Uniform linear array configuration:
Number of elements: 48
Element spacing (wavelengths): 0.5
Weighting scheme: blackman
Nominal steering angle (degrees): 45
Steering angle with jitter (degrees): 44.593
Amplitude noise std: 0.05
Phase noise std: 0.05

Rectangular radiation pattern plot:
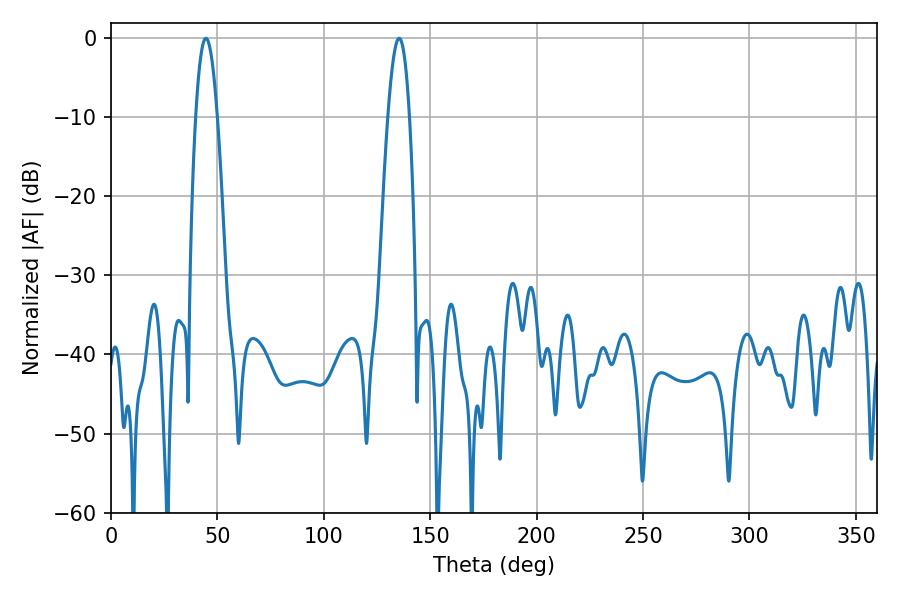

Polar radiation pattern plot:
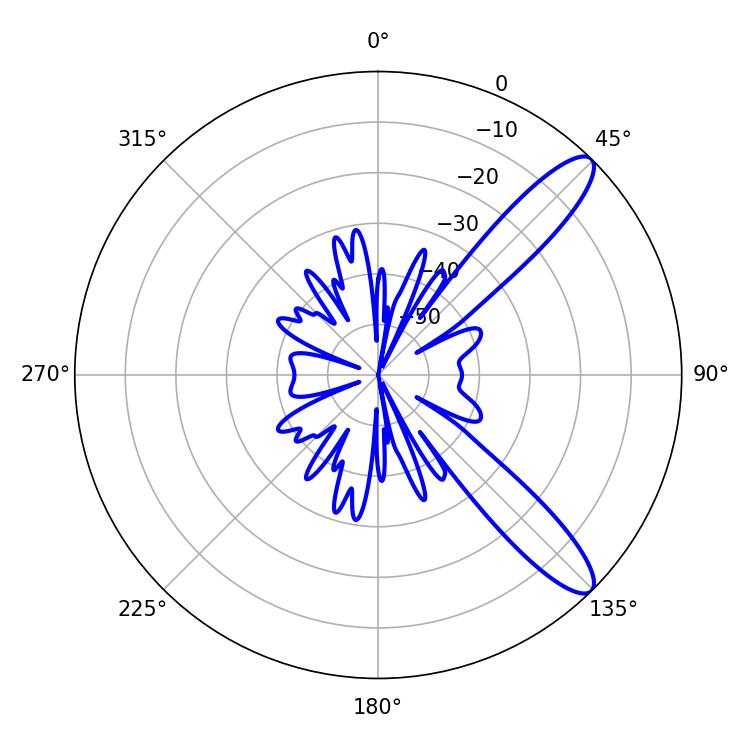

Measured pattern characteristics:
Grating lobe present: FALSE
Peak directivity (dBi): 11.307
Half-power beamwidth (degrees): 5.58
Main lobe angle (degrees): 44.64